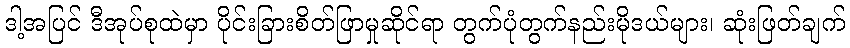
ဒါ့အပြင် ဒီအုပ်စုထဲမှာ ပိုင်းခြားစိတ်ဖြာမှုဆိုင်ရာ တွက်ပုံတွက်နည်းမိုဒယ်များ၊ ဆုံးဖြတ်ချက်